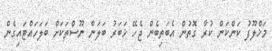
މަޚްލޫފު ކަންކަން ކުރާ ގޮތުން އެބަތިބެން ޖެހޭ ޚަބަރު ބަލަން ނޫސްތަކަށް ބަލަހައްޓައިގެން